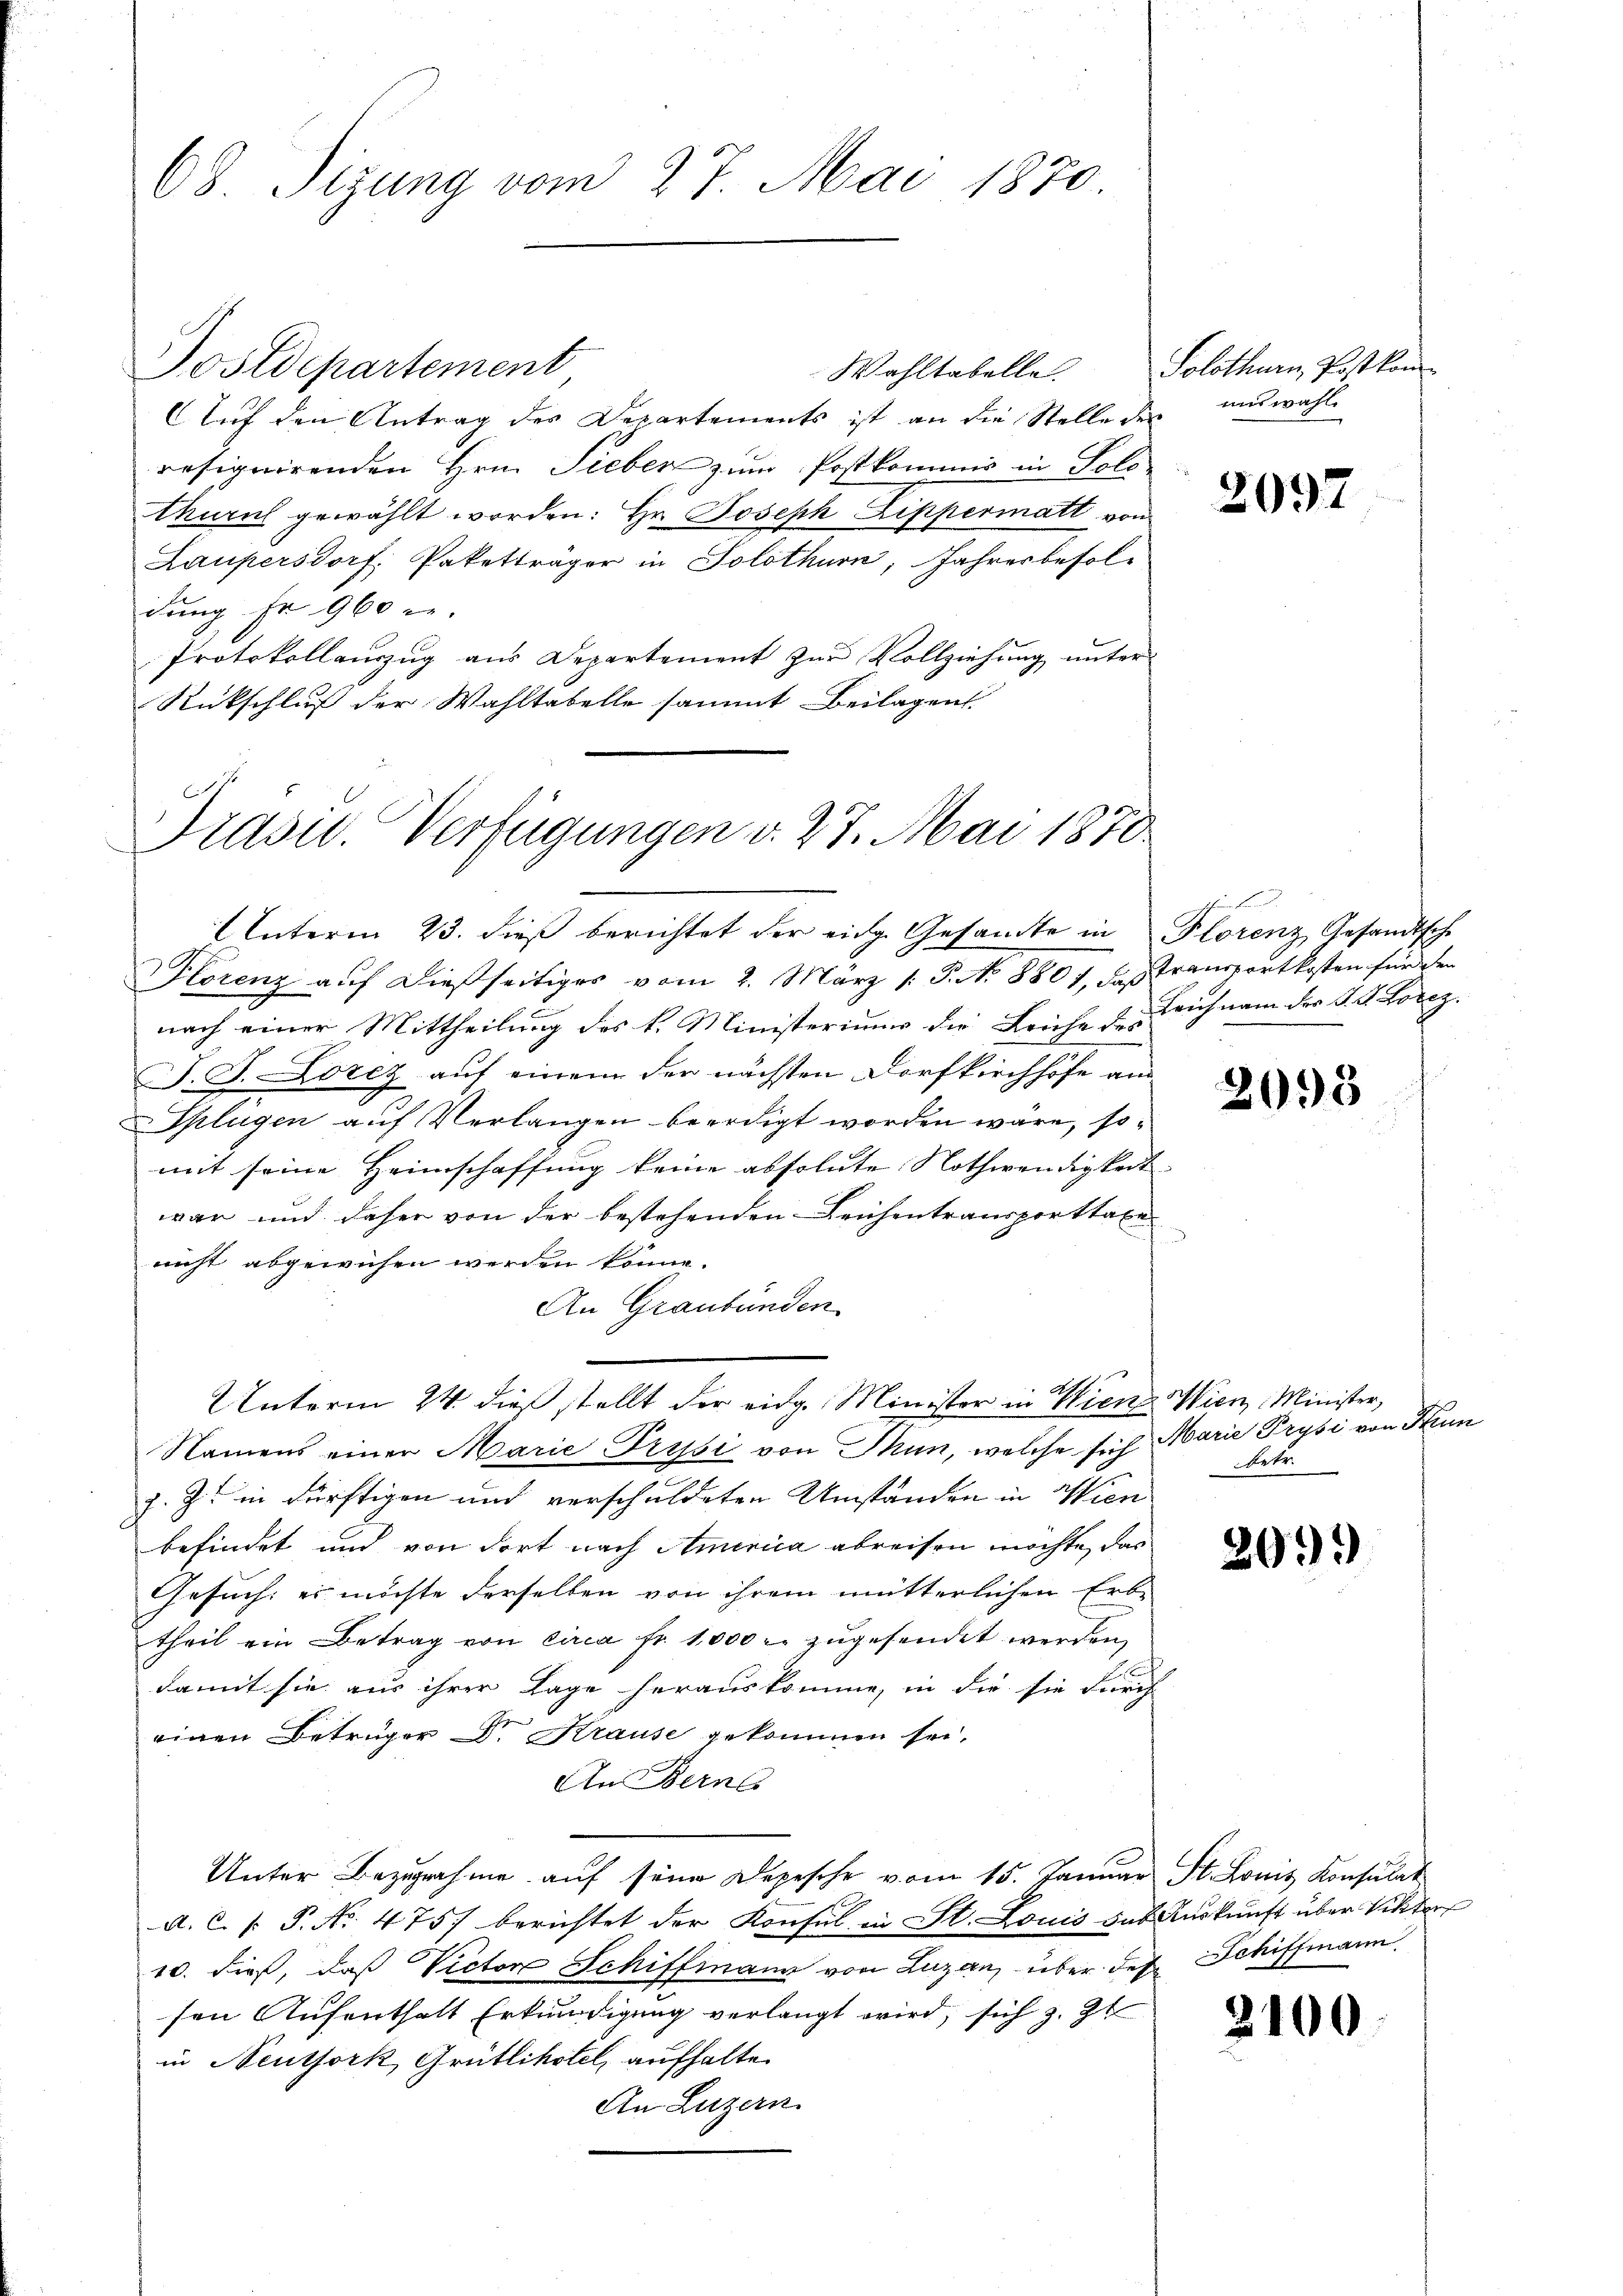
68. Sizung vom 27. Mai 1870.

Wahltabelle.
Auf den Antrag des Departements ist an die Stelle der und wahl
resignirenden Hrn. Sieben zum Postkommis in Solo
thurn gewählt worden: Hr. Joseph Lippermatt von
Laupersdorf; Paketträger in Solothurn, Jahresbesoldung Fr. 960 u.
Protokollauszug aus Departement zur Vollziehung unter
Rückschluß der Wahltabelle sammt Beilagen

Dostdepartement

Prasil. Verfügungen v. 27. Mai 1870

Solothurn, Postkom¬

Unterm 23. dieß berichtet der eidg. Gesamte in Florenz Gesandtsche
Hlorenz auf dießseitiges vom 2. März 1. P. No 8807, daß Transportkosten für der
nach einer Mittheilung des k. Ministeriums die Leiche Leichnam der S. d. Lorez.
J. J. Lorez auf einem der nächsten Dorfkirchhöfe am
Splügen auf Verlangen beerdigt worden wäre, somit seine Heimschaffung keine absolute Nothwendigkeit
war und daher von der bestehenden Leichentransporttaxe
nicht abgewiesen werden könne.
An Graubünden
Unterm 24. dieß stellt der eidg. Minister in Wienz Wien Minister,
Namens einer Marie-Pripsi von Thun, welche sich Marie Prysi von Kun
z. Z. in dürftigen und verschuldeten Umständen in Wien
befindet und von dort nach Amenica abreisen möchte, das
Gesuch: es möchte derselben von ihrem mütterlichen Erb-
theil ein Betrag von circa Fr. 1000 r. zugesendet werden,
E
damit sie aus ihrer Lage herauskomme, in die sie durch
einen Betrüger Dr. Krause gekommen sei,
An Berns
Unter Bezugnahme auf seine Depesche vom 15. Januar St. Louis Konsulat
A. C. P. P. No. 475) berichtet der Konsul in St. Louis das Auskunft über Viktor
10. dieß, daß Victore Schiffmann von Luzern, über des Schiffmann
sen Aufenthalt Erkundigung verlangt wird, sich z. Zt
in Neuthork Grütlihotel, aufhalte.
An Luzern.

2097

2093

etr.

2099

2100